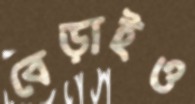
বেড়াইও